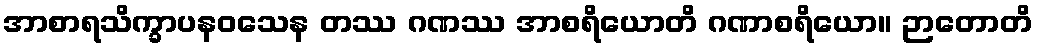
အာစာရသိက္ခာပနဝသေန တဿ ဂဏဿ အာစရိယောတိ ဂဏာစရိယော။ ဉာတောတိ